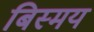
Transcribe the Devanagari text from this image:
बिस्मय